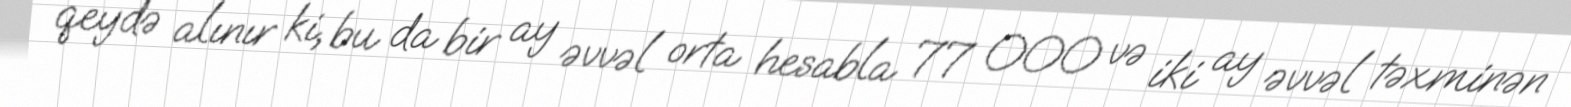
qeydə alınır ki, bu da bir ay əvvəl orta hesabla 77 000 və iki ay əvvəl təxminən